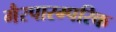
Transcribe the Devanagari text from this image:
गैरपारम्परिक